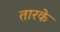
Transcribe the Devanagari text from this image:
तारके